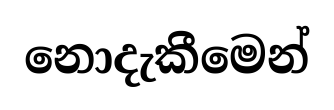
නොදැකීමෙන්